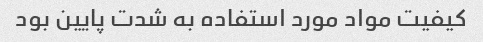
کیفیت مواد مورد استفاده به شدت پایین بود